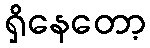
ရှိနေတော့